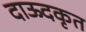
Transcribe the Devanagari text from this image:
दाऊदकृत